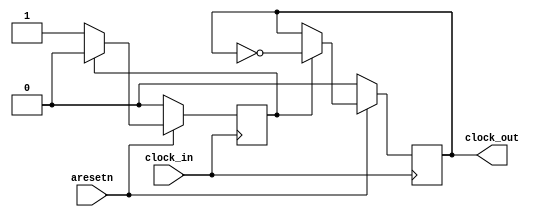
////////////////////////////////////////////////////////////////
// About: Creates clock with half of input frequency
////////////////////////////////////////////////////////////////

module clock_divider(

input wire clock_in,
input wire aresetn,

output reg clock_out

);

reg counter;

always @(posedge clock_in) begin
	if (~aresetn) 
		begin
			counter   <= 1'b0;
			clock_out <= 1'b0;
		end
	else 
		begin
			if(counter) 
				begin
					counter <= 1'b0;
					clock_out <= ~clock_out;
				end	
			else 
				begin
					counter <= 1'b1;
					clock_out <= clock_out;
				end
		end
end

endmodule